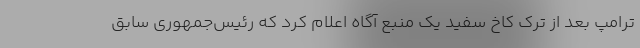
ترامپ بعد از ترک کاخ سفید یک منبع آگاه اعلام کرد که رئیس‌جمهوری سابق